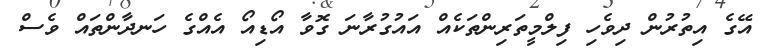
އޭގެ އިތުރުން ދިވެހި ފިލްމީތަރިންތަކެއް އައުގުރާނަ ގޮވާ އޯޑިއޯ އެއްގެ ހަނދާންތައް ވެސް